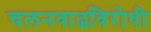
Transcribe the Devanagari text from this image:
चलनवाढविरोधी